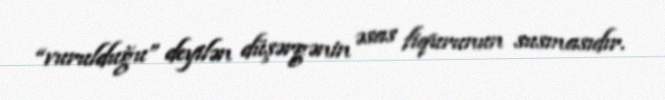
“vurulduğu” deyilən düşərgənin əsas fiqurunun susmasıdır.